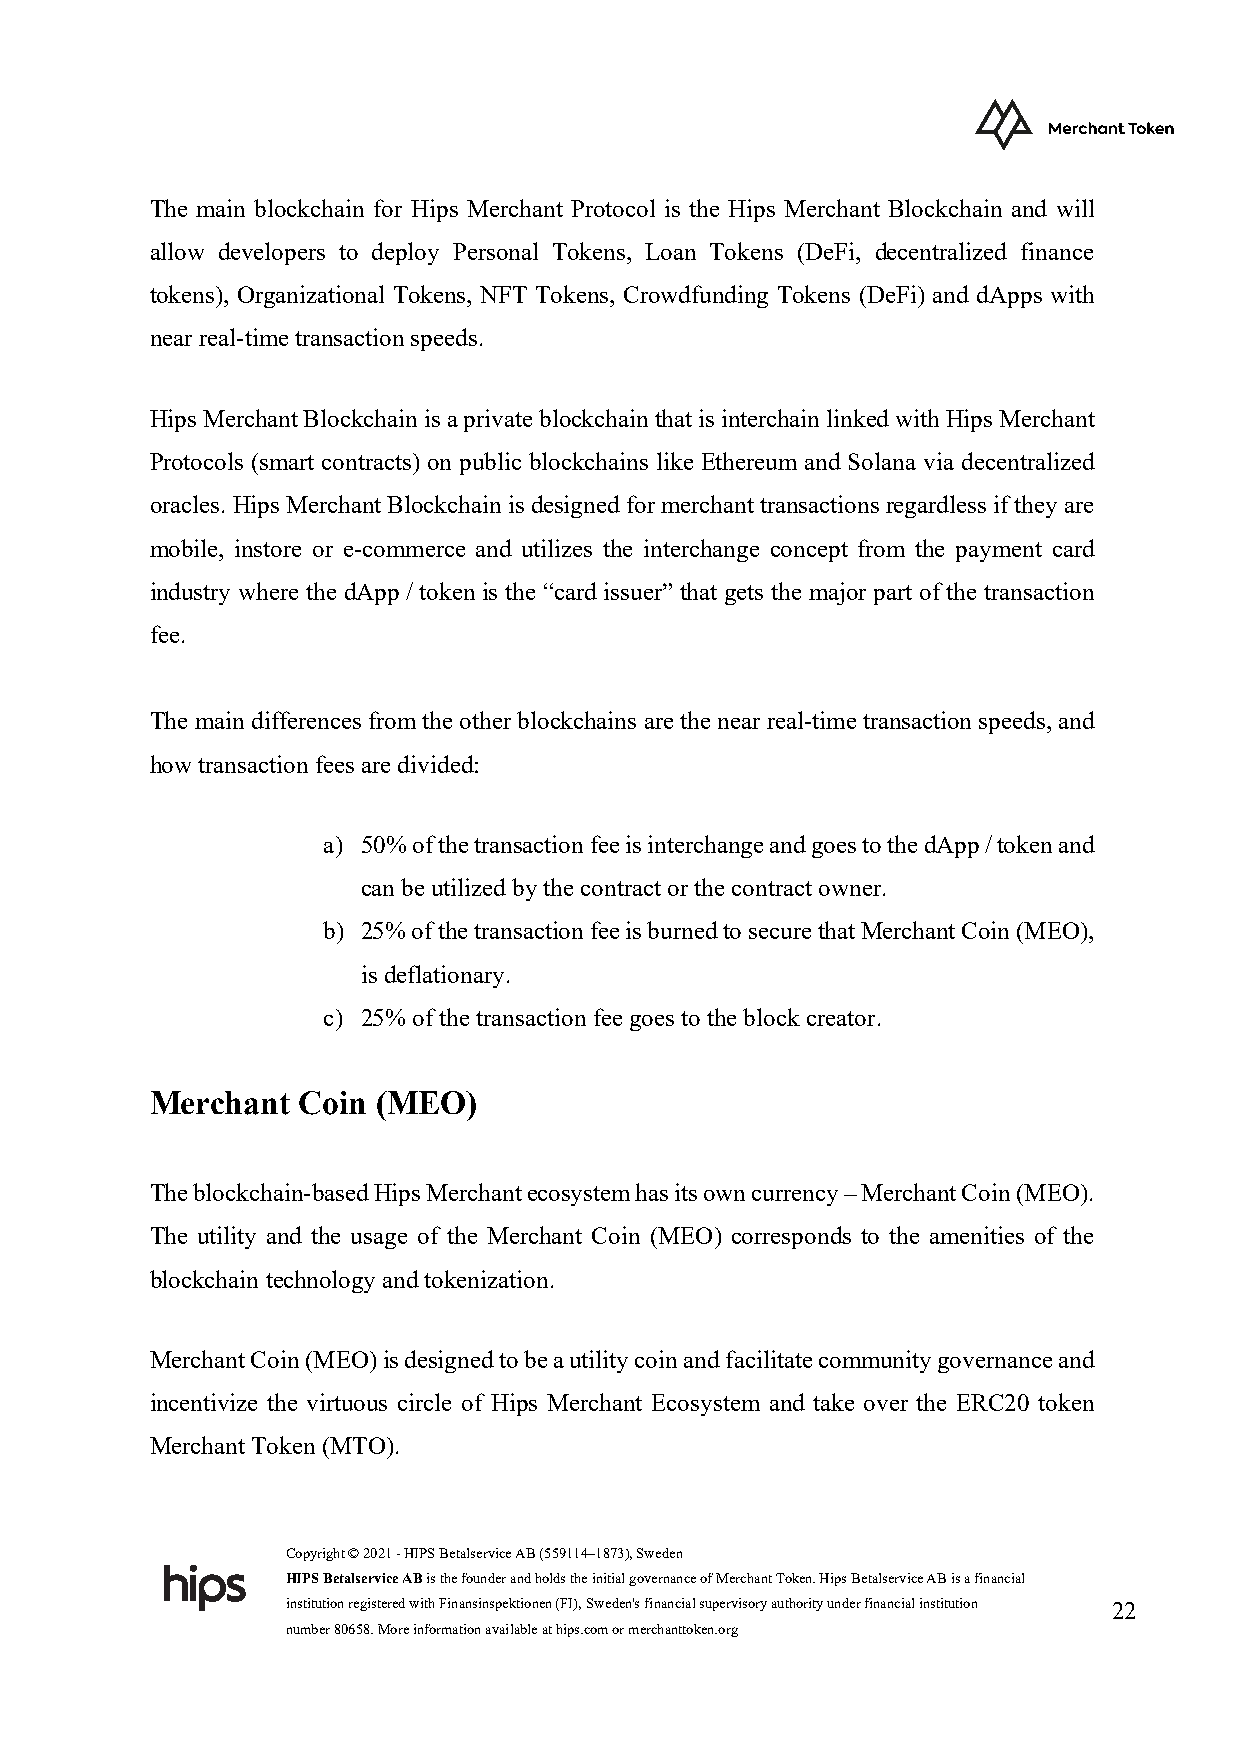
The main blockchain for Hips Merchant Protocol is the Hips Merchant Blockchain and will
 allow developers to deploy Personal Tokens, Loan Tokens (DeFi, decentralized finance
 tokens), Organizational Tokens, NFT Tokens, Crowdfunding Tokens (DeFi) and dApps with
 near real-time transaction speeds.
 Hips Merchant Blockchain is a private blockchain that is interchain linked with Hips Merchant
 Protocols (smart contracts) on public blockchains like Ethereum and Solana via decentralized
 oracles. Hips Merchant Blockchain is designed for merchant transactions regardless if they are
 mobile, instore or e-commerce and utilizes the interchange concept from the payment card
 industry where the dApp / token is the “card issuer” that gets the major part of the transaction
 fee.
 The main differences from the other blockchains are the near real-time transaction speeds, and
 how transaction fees are divided:
 a) 50% of the transaction fee is interchange and goes to the dApp / token and
 can be utilized by the contract or the contract owner.
 b) 25% of the transaction fee is burned to secure that Merchant Coin (MEO),
 is deflationary.
 c) 25% of the transaction fee goes to the block creator.
 Merchant  Coin (MEO)
 The blockchain-based Hips Merchant ecosystem has its own currency – Merchant Coin (MEO).
 The utility and the usage of the Merchant Coin (MEO) corresponds to the amenities of the
 blockchain technology and tokenization.
 Merchant Coin (MEO) is designed to be a utility coin and facilitate community governance and
 incentivize the virtuous circle of Hips Merchant Ecosystem and take over the ERC20 token
 Merchant Token (MTO).
 Copyright © 2021 - HIPS Betalservice AB (559114–1873), Sweden
 HIPS Betalservice AB is the founder and holds the initial governance of Merchant Token. Hips Betalservice AB is a financial
 institution registered with Finansinspektionen (FI), Sweden's financial supervisory authority under financial institution 22
 number 80658. More information available at hips.com or merchanttoken.org